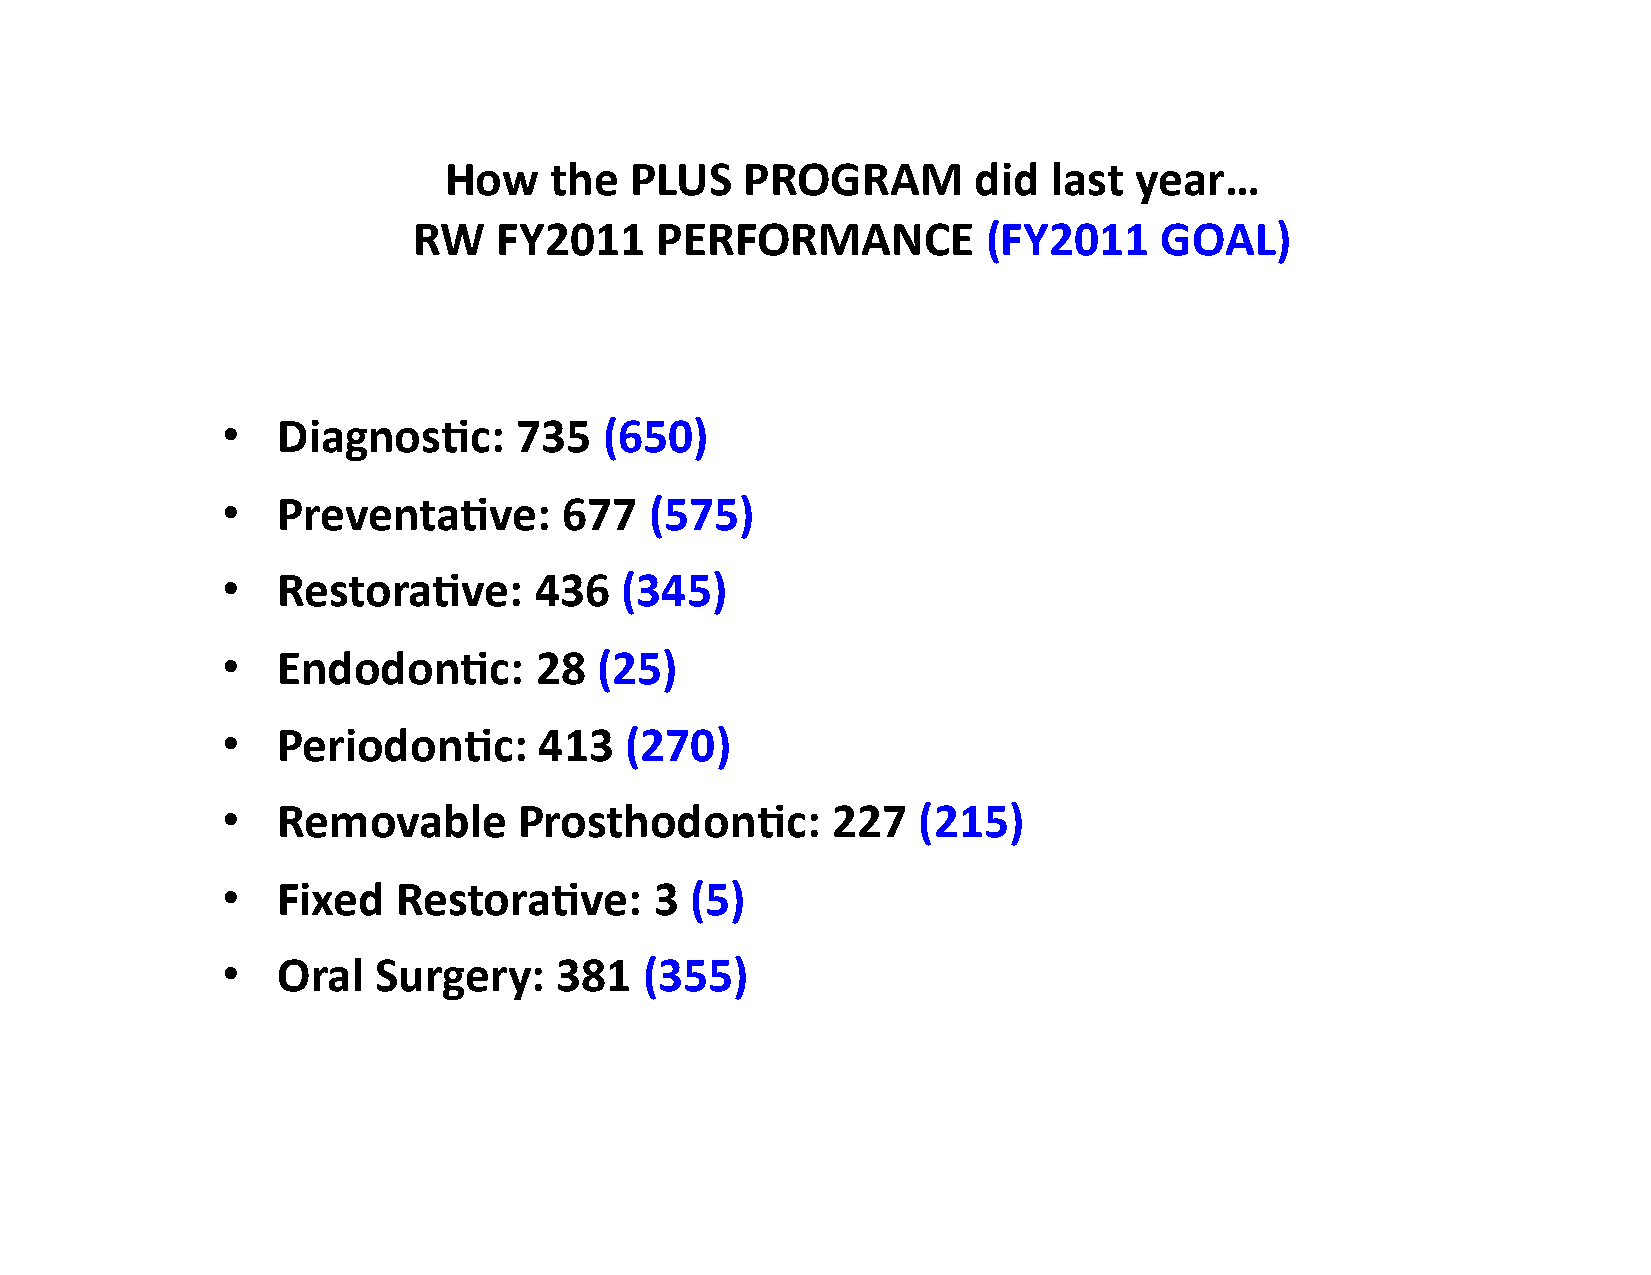
How    the   PLUS   PROGRAM        did   last year…
 RW    FY2011    PERFORMANCE           (FY2011     GOAL)
 •  DiagnosUc:      735   (650)
 •  PreventaUve:       677   (575)
 •  RestoraUve:      436   (345)
 •  EndodonUc:       28  (25)
 •  PeriodonUc:       413  (270)
 •  Removable       ProsthodonUc:        227   (215)
 •  Fixed   RestoraUve:      3  (5)
 •  Oral   Surgery:    381   (355)